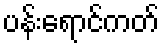
ပန်းရောင်ကတ်